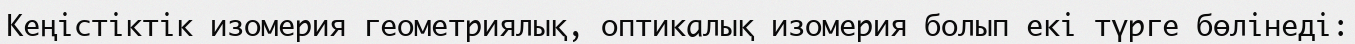
Кеңістіктік изомерия геометриялық, оптикалық изомерия болып екі түрге бөлінеді: